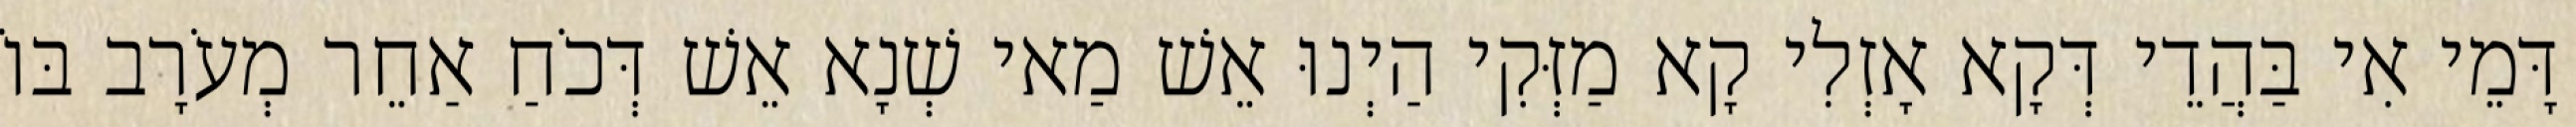
דָּמֵי אִי בַּהֲדֵי דְּקָא אָזְלִי קָא מַזְּקִי הַיְנוּ אֵשׁ מַאי שְׁנָא אֵשׁ דְּכֹחַ אַחֵר מְעֹרָב בּוֹ